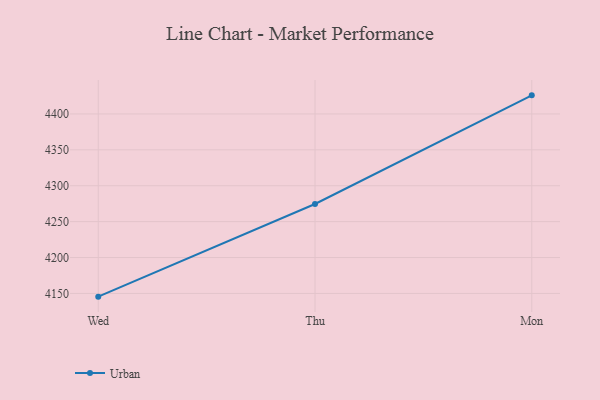
{"axis": {"x": "Day", "y": "Population (Million)"}, "legend": ["Urban"], "data": [{"x": "Wed", "y": 4145.5, "type": "Urban"}, {"x": "Thu", "y": 4274.6, "type": "Urban"}, {"x": "Mon", "y": 4425.9, "type": "Urban"}]}